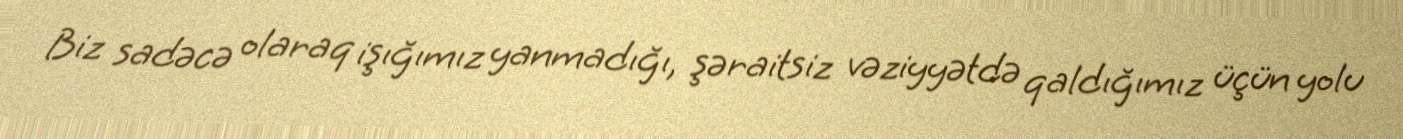
Biz sadəcə olaraq işığımız yanmadığı, şəraitsiz vəziyyətdə qaldığımız üçün yolu